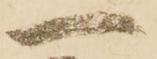
一